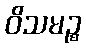
ဝိသမဉ္စ